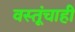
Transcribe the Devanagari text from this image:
वस्तूंचाही